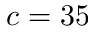
c = 3 5